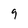
Character: 9